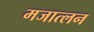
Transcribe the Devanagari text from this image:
मजात्लन